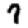
Digit: 7